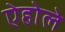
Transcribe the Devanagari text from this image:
ऐहोले